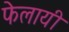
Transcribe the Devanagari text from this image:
फेलायी